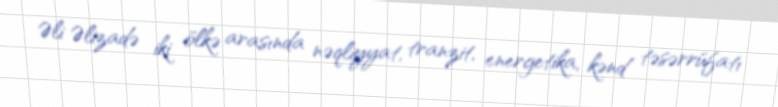
Əli Əlizadə iki ölkə arasında nəqliyyat, tranzit, energetika, kənd təsərrüfatı